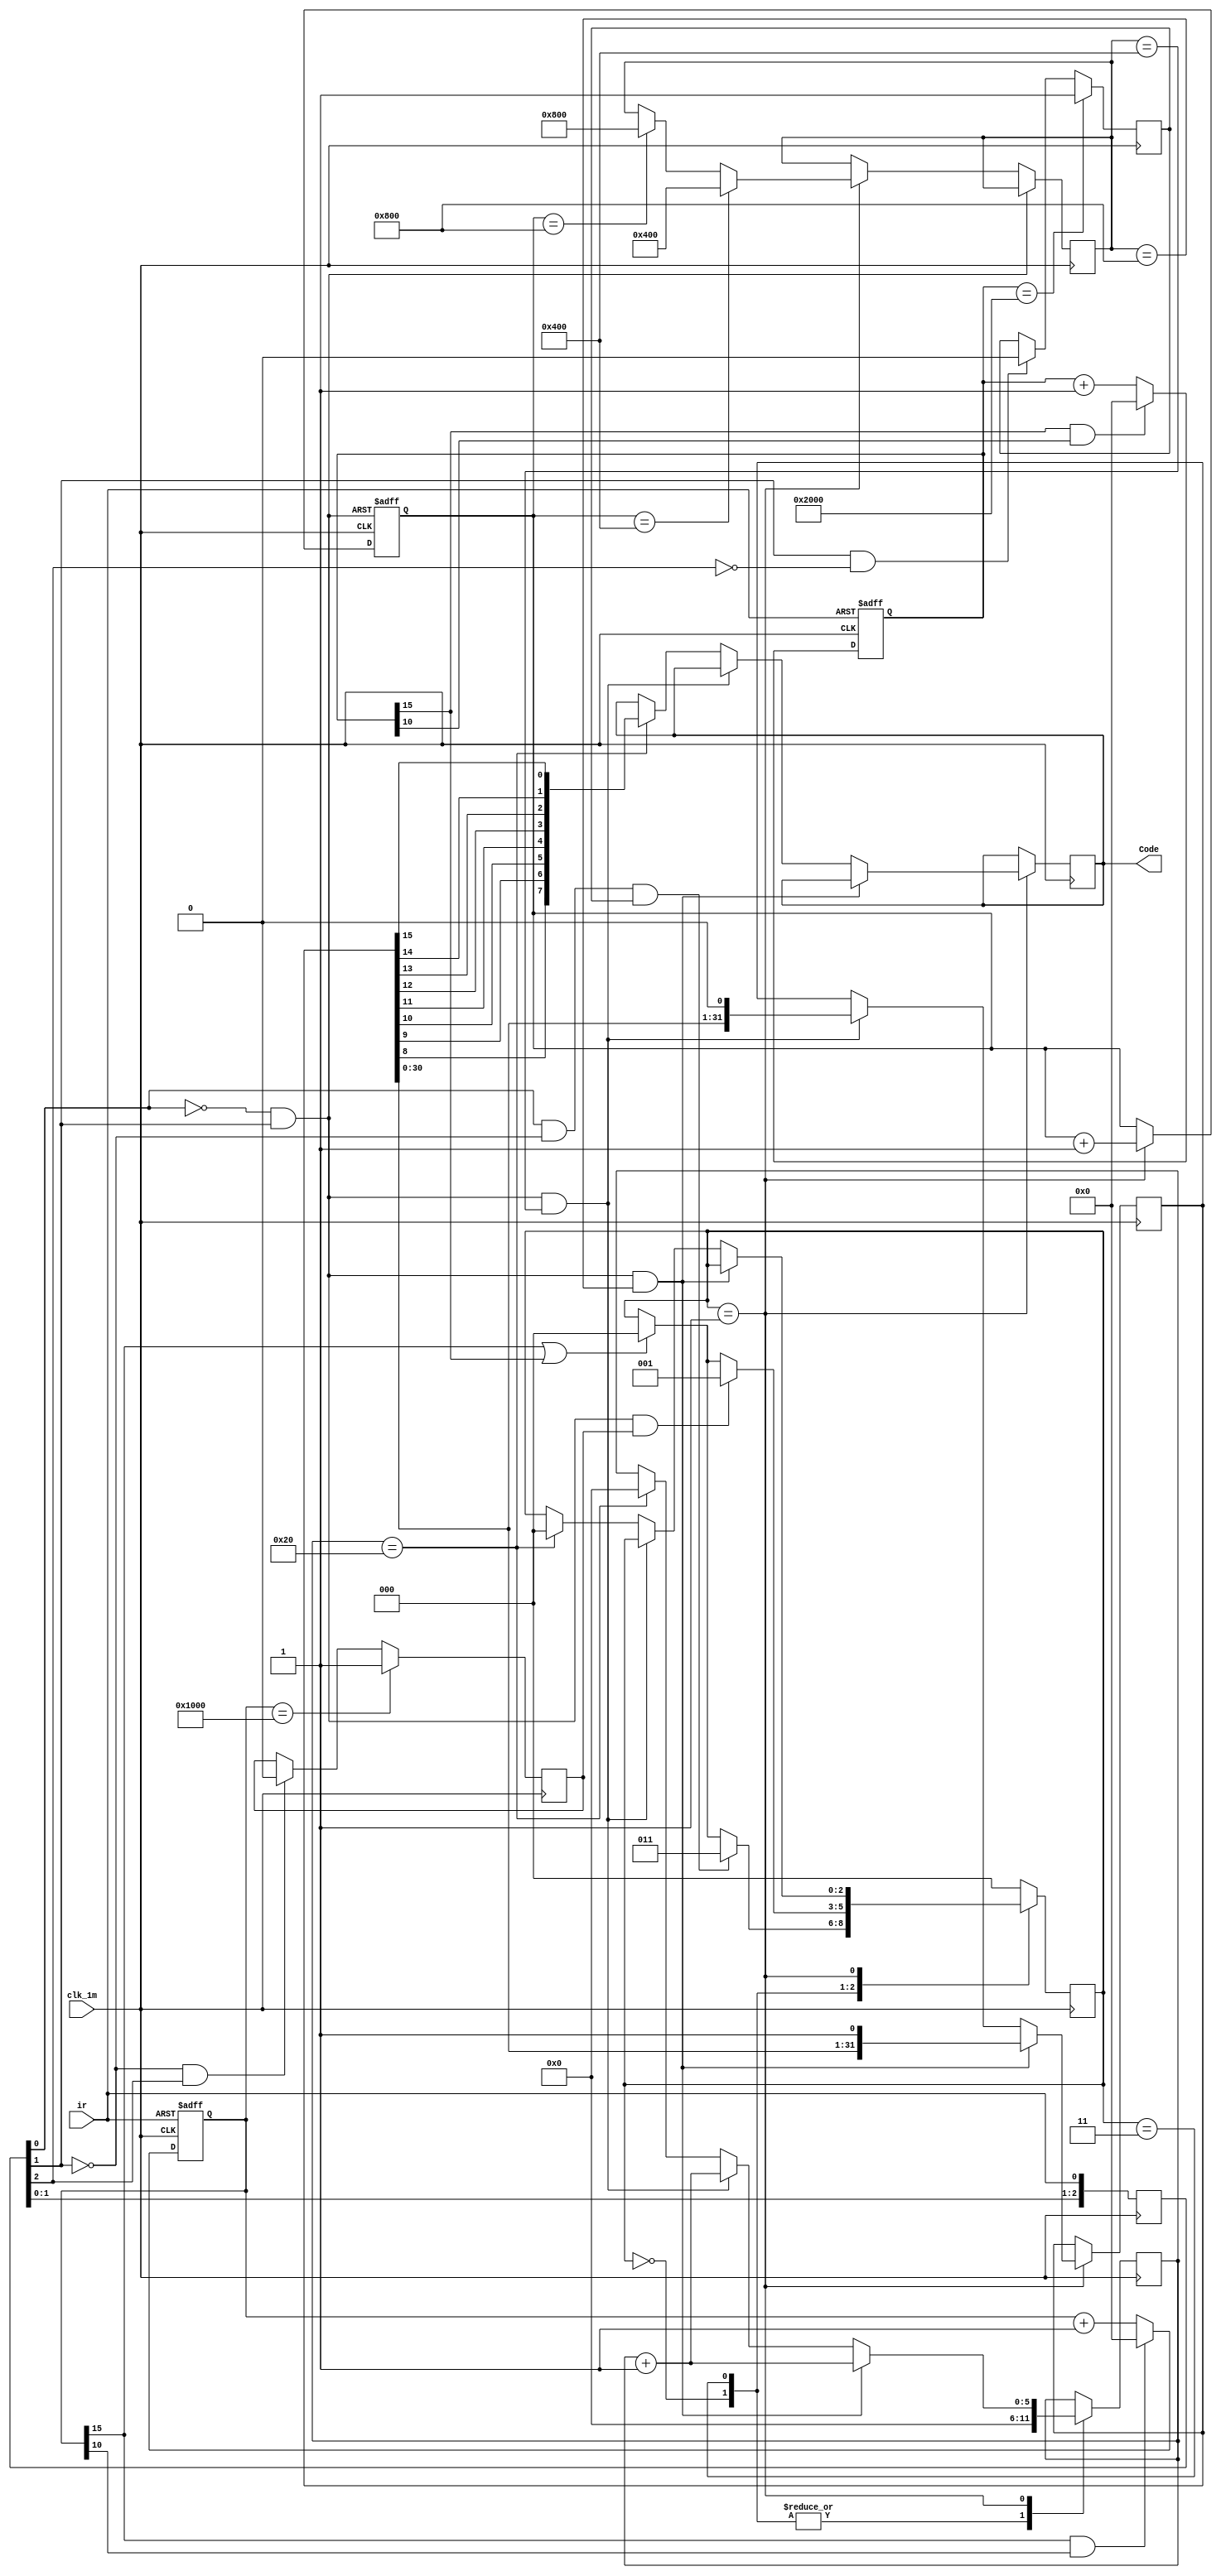
////////////////////////////////////////////////////
//
//
//
//
//V0.00
//
//20131003
////////////////////////////////////////////////////
module ir_module(
	//Clock Input:48M
	input	 clk_1m,
	input  ir,
	//Return Value
	output reg [7:0]Code
);

reg [2:0]IR_reg;
initial IR_reg = 3'b0;
always @ (posedge clk_1m) 			//1us
begin
	IR_reg[0] <= ir;
	IR_reg[1] <= IR_reg[0];
	IR_reg[2] <= IR_reg[1];
end

wire IR_pos = (IR_reg[0]==1'b1) & (IR_reg[1]==1'b0);
wire IR_pos2= (IR_reg[1]==1'b1) & (IR_reg[2]==1'b0);
wire IR_neg = (IR_reg[0]==1'b0) & (IR_reg[1]==1'b1);
wire IR_neg2= (IR_reg[1]==1'b0) & (IR_reg[2]==1'b1);

//
parameter ST_START_L = 3'b000, ST_CODE_P = 3'b001 , ST_VALUE_P = 3'b010;
parameter ST_START_H = 3'b011, ST_CODE_N = 3'b100 , ST_VALUE_N = 3'b101;
//
parameter START_H = 16'd4096;	//us
parameter START_L = 16'd8192;	//us
parameter CODE_0 	= 16'd512  + 16'd512 ;	//us
parameter CODE_1 	= 16'd1536 + 16'd512 ;	//us

reg   [2:0]state;		
initial state = ST_START_L;
reg	[15:0]cnt_h;
initial cnt_h = 16'b0;
reg	[15:0]cnt_l;
initial cnt_l = 16'b0;
reg 	[31:0]T_Value;
initial T_Value = 32'b0;

reg 	[31:0]IR_Value;
initial IR_Value = 32'b0;

reg	[15:0]cnt_val;
initial cnt_val = 16'b0;

reg   Flag_LVL;
initial Flag_LVL = 1'b0;

reg   Flag_HVL;
initial Flag_HVL = 1'b0;

always @ (posedge clk_1m or posedge ir)
begin
		if(ir)									//
			cnt_l <= 16'b0;
		else if(cnt_l[15] & cnt_l[10])	//
			cnt_l 	<= 16'b0;
		else
			cnt_l <= cnt_l + 1'b1;			//	
end

always @ (negedge clk_1m)
	begin
		if(cnt_l == START_L)
			Flag_LVL <= 1'b1;
		else if(IR_pos2)
			Flag_LVL <= 1'b0;
	end


always @ (posedge clk_1m or negedge ir)
begin
		if(!ir)								//
			cnt_h <= 16'b0;					
		else if(cnt_h[15] & cnt_h[10])	//
			cnt_h <= 16'b0;
		else
			cnt_h <= cnt_h + 1'b1;			//	
end


always @ (negedge clk_1m)
	begin
		if(cnt_h == START_H)
				Flag_HVL <=1;
		else if(IR_neg2)
				Flag_HVL <= 1'b0;
	end

reg [15:0]IR_code;
always @ (posedge clk_1m or posedge IR_neg) 			
begin
			if(IR_neg)
				begin
					cnt_val 	<= 16'b0;				
				end
			else if(state == ST_CODE_P)
			begin
				if(cnt_val == CODE_0)
					begin
					IR_code	<= CODE_0;
					cnt_val <= cnt_val + 1'b1;				
					end
				else if(cnt_val == CODE_1)
					begin		
					IR_code	<= CODE_1;			
					cnt_val <= cnt_val + 1'b1;				
					end
				else
					cnt_val <= cnt_val + 1'b1;	
			end
end


wire fault = cnt_h[15] | cnt_l[15];		//
reg [5:0]cnt_num;
initial cnt_num = 6'b0;


always @ (posedge clk_1m) 			//1us
begin
 case(state)
 ST_START_L:
	begin
	cnt_num  <=  6'b0;	
		if((IR_pos == 1'b1) & (Flag_LVL==1'b1))
			begin
				state <= ST_START_H;
			end
		else if(fault)
			state <= ST_START_L;
	end
 ST_START_H : 
 	begin
	cnt_num  <=  6'b0;	
		if((IR_neg == 1'b1) & (Flag_HVL==1'b1))
			begin
				state <= ST_CODE_P;
			end
		else if(fault)
			state <= ST_START_L;
	end			
 ST_CODE_P : 
	begin
		if((IR_neg)&(IR_code == CODE_1))
			begin
				cnt_num = cnt_num + 1'b1;
				IR_Value <= {IR_Value[30:0],1'b1};
			end
		else	if((IR_neg)&(IR_code == CODE_0))
			begin
				cnt_num = cnt_num + 1'b1;
				IR_Value <= {IR_Value[30:0],1'b0};
			end
		else if(cnt_num==6'd32)
			begin
				cnt_num  <=  6'b0;
				T_Value  <=  IR_Value;
				state 	<=  ST_START_L;
				Code 		<=  {IR_Value[8],IR_Value[9],IR_Value[10],IR_Value[11],IR_Value[12],IR_Value[13],IR_Value[14],IR_Value[15]};
			end
	end
   default : state <=  ST_START_L;
endcase
end				



endmodule